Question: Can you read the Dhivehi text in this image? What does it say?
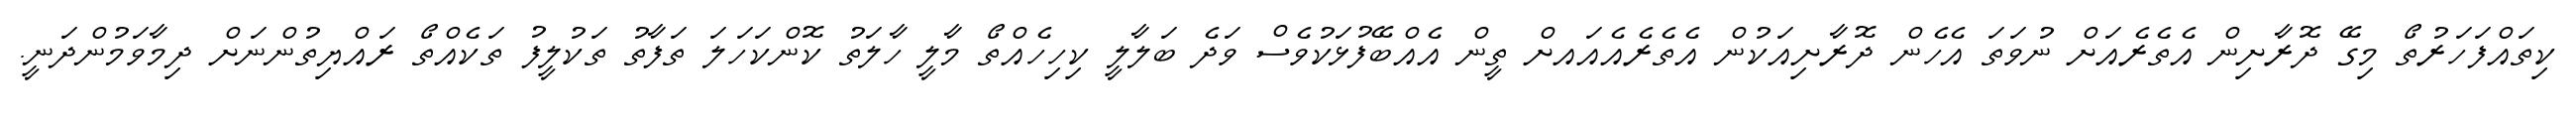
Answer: ކިތައްފަހަރުތޯ މިގޭ ދޮރާށިން އެތެރެއަށް ނުވަތަ އެހެން ދޮރާށިއަކުން އެތެރެއެއައށް ތީން އެއްބޭފުޅަކުވެސް ވަދެ ބަލާލީ ކިހިހެއްތޯ މާލީ ހާލަތު ކޮންކަހަލަ ތަފާތު ތަކުލީފު ތަކެއްތޯ ރައްޔިތުންނަށް ދިމާވަމުންދަނީ.